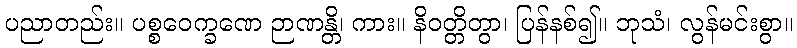
ပညာတည်း။ ပစ္စဝေက္ခဏေ ဉာဏန္တိ၊ ကား။ နိဝတ္တိတွာ၊ ပြန်နစ်၍။ ဘုသံ၊ လွန်မင်းစွာ။